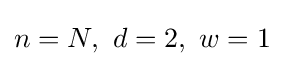
n=N,~d=2,~w=1